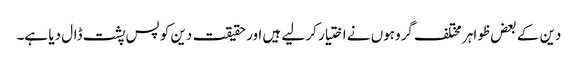
دین کے بعض ظواہر مختلف گروہوں نے اختیار کر لیے ہیں اور حقیقت دین کو پس پشت ڈال دیا ہے۔